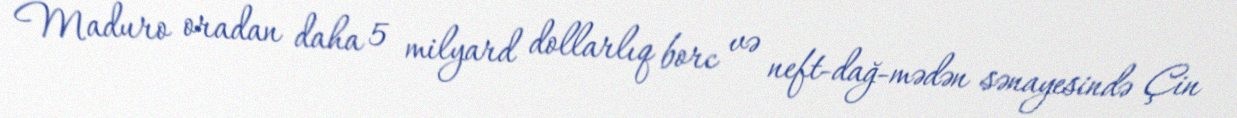
Maduro oradan daha 5 milyard dollarlıq borc və neft-dağ-mədən sənayesində Çin